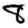
Digit: 8